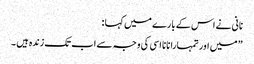
نانی نے اس کے بارے میں کہا :
” میں اور تمہارا نانا اسی کی وجہ سے اب تک زندہ ہیں ۔